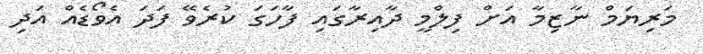
މަރިޔަމް ނާޒިމާ އަށް ފިލްމީ ދާއިރާގައި ފާހަގަ ކުރެވޭ ފަދަ އެވޯޑެއް އަދި